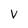
Character: V